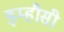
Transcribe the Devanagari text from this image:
इम्हौसी